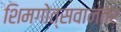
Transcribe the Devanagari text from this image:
शिमगोत्सवानंतर